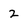
Character: 2